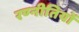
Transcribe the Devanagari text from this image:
रण्नीतियों